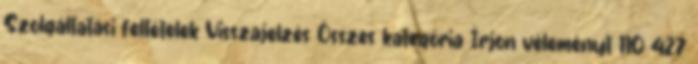
Szolgáltatási feltételek Visszajelzés Összes kategória Írjon véleményt 110 427